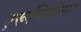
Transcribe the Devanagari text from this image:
एरूगिनोसा